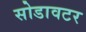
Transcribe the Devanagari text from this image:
सोडावटर